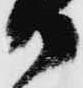
御